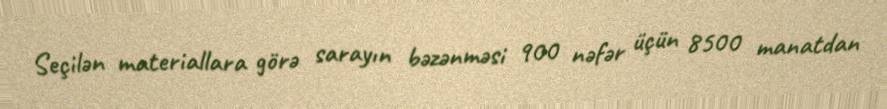
Seçilən materiallara görə sarayın bəzənməsi 900 nəfər üçün 8500 manatdan